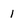
Character: 1